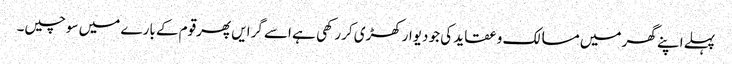
پہلے اپنے گھر میں مسالک و عقاید کی جو دیوارکھڑی کررکھی ہے اسے گرایں پھرقوم کے بارے میں سوچیں۔